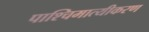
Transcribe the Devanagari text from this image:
पाश्चिमात्यीकरण